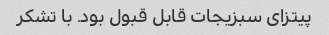
پیتزای سبزیجات قابل قبول بود. با تشکر